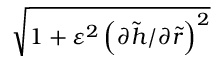
\sqrt { 1 + \varepsilon ^ { 2 } \left( \partial \tilde { h } / \partial \tilde { r } \right) ^ { 2 } }